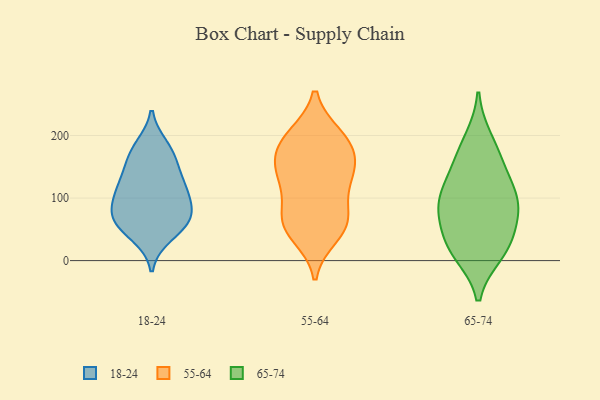
{"axis": {"x": "LTV (USD)", "y": "Value"}, "legend": ["18-24", "55-64", "65-74"], "data": [{"x": "", "y": 41, "type": "18-24"}, {"x": "", "y": 111, "type": "18-24"}, {"x": "", "y": 64, "type": "18-24"}, {"x": "", "y": 163, "type": "18-24"}, {"x": "", "y": 116, "type": "18-24"}, {"x": "", "y": 57, "type": "18-24"}, {"x": "", "y": 67, "type": "18-24"}, {"x": "", "y": 80, "type": "18-24"}, {"x": "", "y": 113, "type": "18-24"}, {"x": "", "y": 170, "type": "18-24"}, {"x": "", "y": 181, "type": "18-24"}, {"x": "", "y": 130, "type": "18-24"}, {"x": "", "y": 75, "type": "18-24"}, {"x": "", "y": 41, "type": "55-64"}, {"x": "", "y": 68, "type": "55-64"}, {"x": "", "y": 199, "type": "55-64"}, {"x": "", "y": 64, "type": "55-64"}, {"x": "", "y": 127, "type": "55-64"}, {"x": "", "y": 168, "type": "55-64"}, {"x": "", "y": 136, "type": "55-64"}, {"x": "", "y": 59, "type": "55-64"}, {"x": "", "y": 119, "type": "55-64"}, {"x": "", "y": 59, "type": "55-64"}, {"x": "", "y": 168, "type": "55-64"}, {"x": "", "y": 195, "type": "55-64"}, {"x": "", "y": 147, "type": "55-64"}, {"x": "", "y": 194, "type": "55-64"}, {"x": "", "y": 147, "type": "65-74"}, {"x": "", "y": 193, "type": "65-74"}, {"x": "", "y": 114, "type": "65-74"}, {"x": "", "y": 18, "type": "65-74"}, {"x": "", "y": 79, "type": "65-74"}, {"x": "", "y": 82, "type": "65-74"}, {"x": "", "y": 44, "type": "65-74"}, {"x": "", "y": 97, "type": "65-74"}, {"x": "", "y": 164, "type": "65-74"}, {"x": "", "y": 24, "type": "65-74"}, {"x": "", "y": 12, "type": "65-74"}, {"x": "", "y": 95, "type": "65-74"}]}